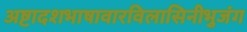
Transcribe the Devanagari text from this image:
अष्टादशभाषावारविलासिनीभुजंग